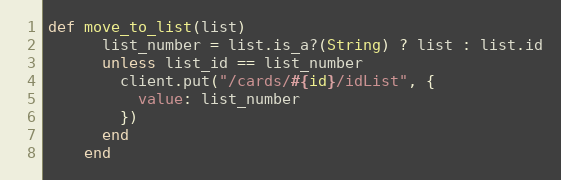
Language: Ruby
def move_to_list(list)
      list_number = list.is_a?(String) ? list : list.id
      unless list_id == list_number
        client.put("/cards/#{id}/idList", {
          value: list_number
        })
      end
    end